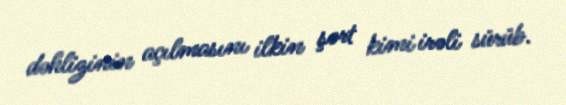
dəhlizinin açılmasını ilkin şərt kimi irəli sürüb.